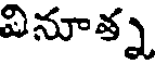
వినూత్న